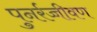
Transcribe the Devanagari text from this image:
पुनर्रज्जीवण